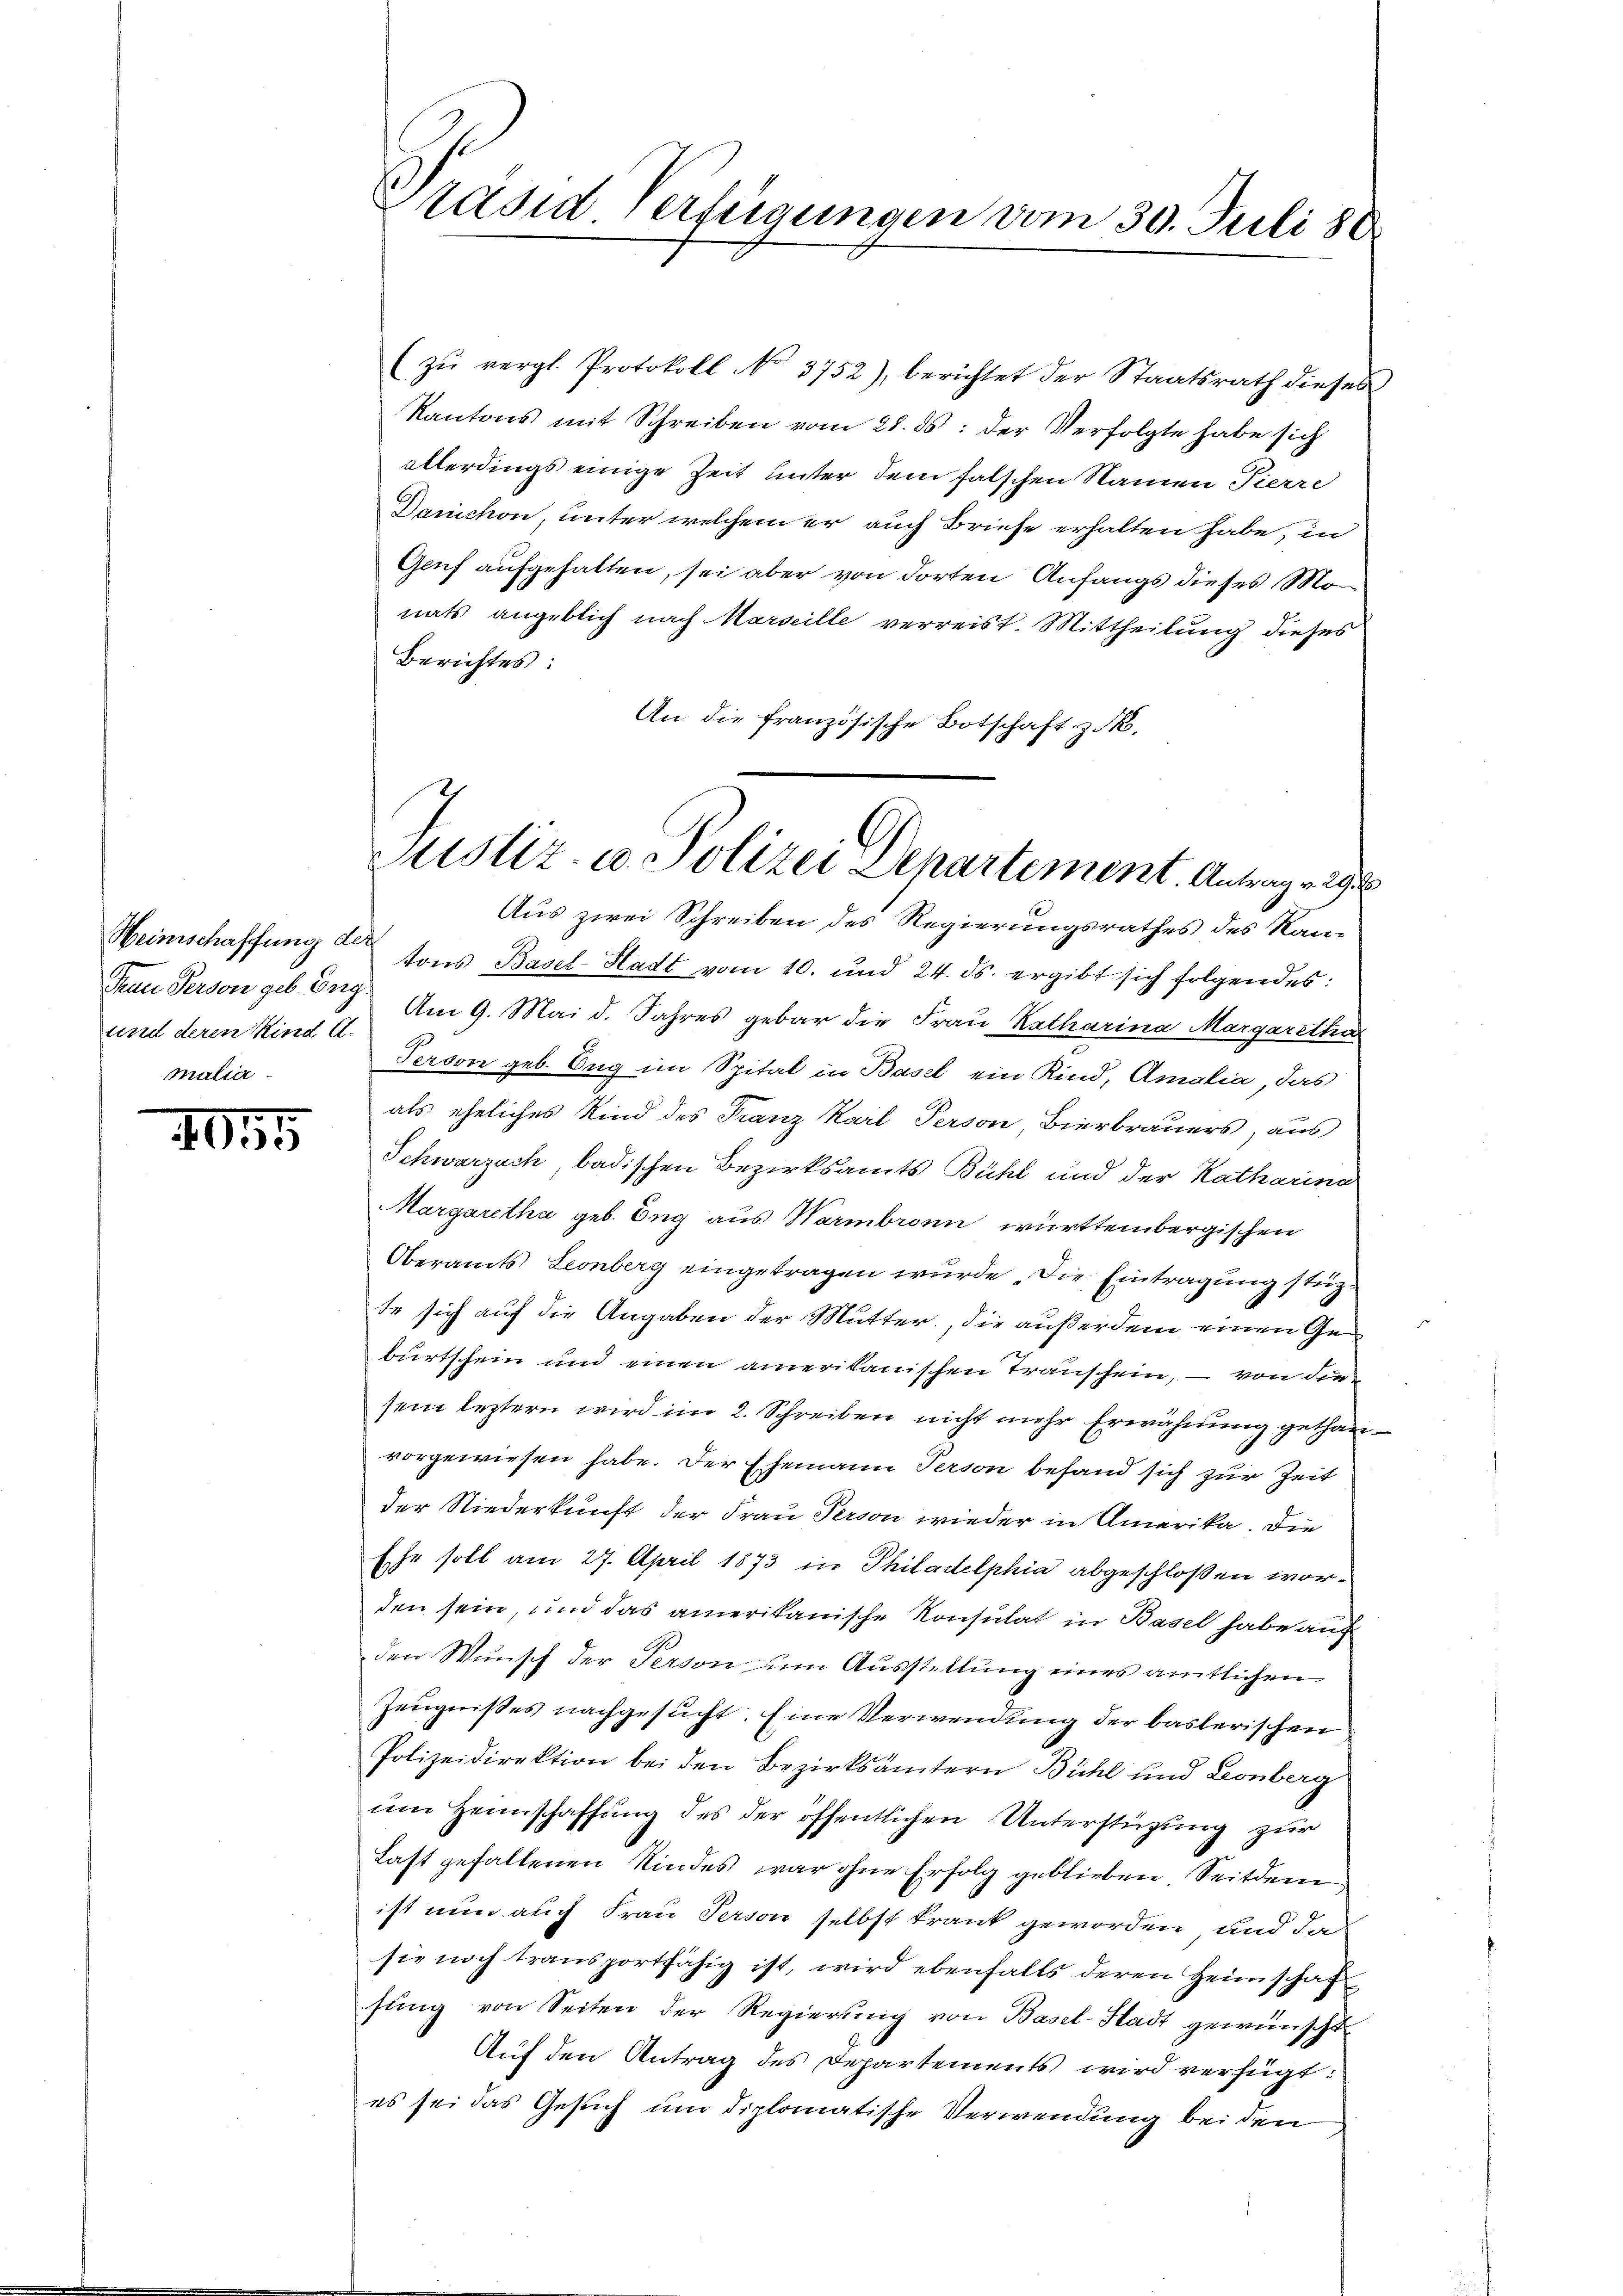
Weinschaffung der
Frau Person geb. Berg.
und deren Kind A.
mulier

4055

(zŭ vergl. Protokoll No 3752), berichtet der Staatsrath dieses
Kantons mit Schreiben vom 28. ds. der Verfolgte habe sich
allerdings einige Zeit unter dem falschen Namen Tierre
Dauichon, unter welchem er auch Briefe erhalten habe, in
Genf aufgehalten, sei aber von dorten Anfangs dieses Mo
nats angeblich nach Marseille verreist. Mittheilung dieses
Berichtes:
An die französische Botschaft z. B.
Aus zwei Schreiben des Regierungsrathes des Kantons Basel-Stadt vom 10. und 24. ds. ergibt sich folgendes:
Am 9. Mai d. Jahres gebar die Frau Katharina Margarethen
Person geb. Ong im Spital in Basel ein Kind, Amalia, das
als eheliches Kind des Franz Karl Person, Bierbrauers, aus
Schwarzach, badischen Bezirksamts Bühl und der Katharina
Margaretha geb. Eng aus Harmbronn württembergischen
Oberamts Leonberg eingetragen wurde . Die Eintragung stüc
te sich auf die Angaben der Mutter, die außerdem einen Geburtschein und einen amerikanischen Transchein, – von die
sein leztern wird im 2. Schreiben nicht mehr Erwähnung gethanvorgewiesen habe. Der Ehemann Person befand sich zur Zeit
der Niederkunft der Frau Person wieder in Amerika. Die
Ehe soll am 27. April 1873 in Philadelphia abgeschloßen worden sein, und das amerikanische Konsulat in Basel habe auf
den Wunsch der Person um Ausstellung eines amtlichen
Zeugnißes nachgesucht. Eine Verwendung der baslerischen
Polizeidirektion bei den Bezirksämtern Bühl und Leonberg
um Heimschaffung des der öffentlichen Unterstützung zur
Last gefallenen Kindes war ohne Erfolg geblieben Seitdem
ist nun auch Frau Person selbst krank geworden, und da
sie noch transportfähig ist, wird ebenfalls deren Heimschaf
sŭng von Seiten der Regierung von Basel-Stadt gewünscht
Auf den Antrag des Departements wird verfügt:
es sei das Gesuch um diplomatische Verwendung bei den

Präsid Verfügungen vom 30. Juli 30.

Justiz- u. Polizei Departement. Antrag v. 29